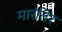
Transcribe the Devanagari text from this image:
मारतिर